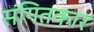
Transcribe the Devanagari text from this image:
संगितकार